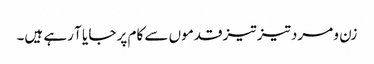
زن و مرد تیز تیز قدموں سے کام پر جا یا آ رہے ہیں۔